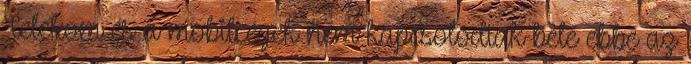
Telekom és a mobilcégek nem kapcsolódtak bele ebbe az